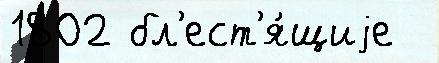
1802 бл'ест'я́щиjе